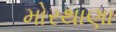
મોરથાણા